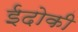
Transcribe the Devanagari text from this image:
ईदोकी